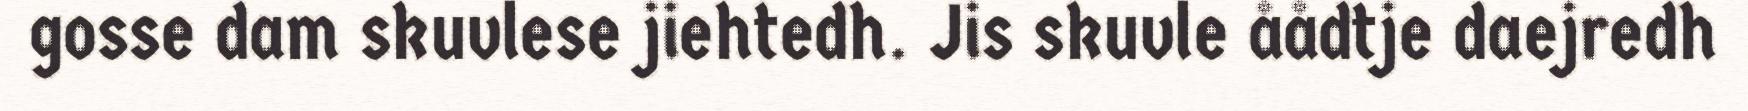
gosse dam skuvlese jiehtedh. Jis skuvle åådtje daejredh